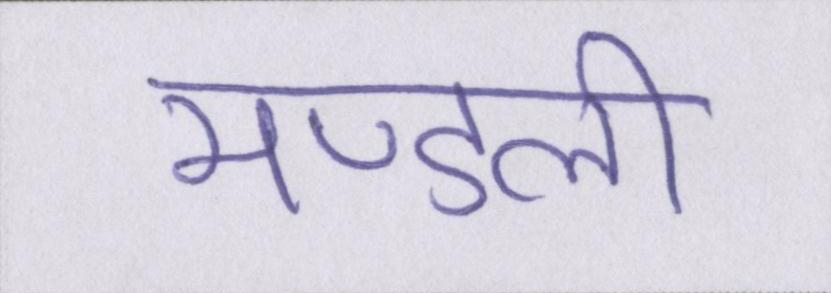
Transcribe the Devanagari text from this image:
मण्डली